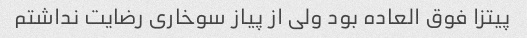
پیتزا فوق العاده بود ولی از پیاز سوخاری رضایت نداشتم